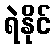
ရဲနိုင်